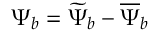
\begin{array} { r } { \Psi _ { b } = \widetilde { \Psi } _ { b } - \overline { { \Psi } } _ { b } } \end{array}